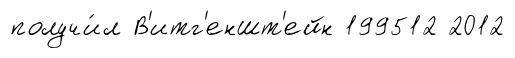
получи́л В'итг'еншт'ейн 199512 2012